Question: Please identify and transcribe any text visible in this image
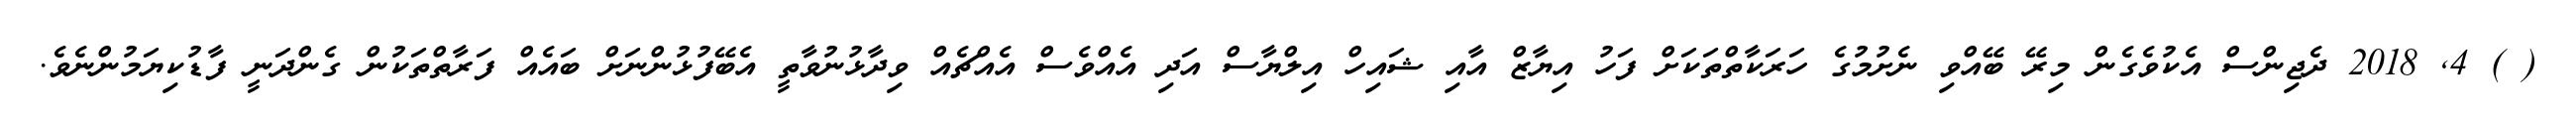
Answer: ( ) 4, 2018 ދެޖިންސް އެކުވެގެން މިރޭ ބޭއްވި ނެށުމުގެ ހަރަކާތްތަކަށް ފަހު އިޔާޒް އާއި ޝައިހް އިލްޔާސް އަދި އެއްވެސް އެއްޗެއް ވިދާޅުނުވާތީ އެބޭފުޅުންނަށް ބައެއް ފަރާތްތަކުން ގެންދަނީ ފާޑުކިޔަމުންނެވެ.